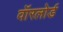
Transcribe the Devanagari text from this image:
वॉरलोर्ड